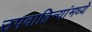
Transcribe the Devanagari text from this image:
उपवाहिन्यांमध्ये